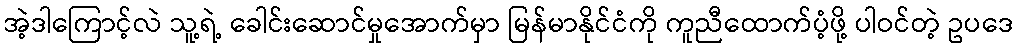
အဲ့ဒါကြောင့်လဲ သူ့ရဲ့ ခေါင်းဆောင်မှုအောက်မှာ မြန်မာနိုင်ငံကို ကူညီထောက်ပံ့ဖို့ ပါဝင်တဲ့ ဥပဒေ